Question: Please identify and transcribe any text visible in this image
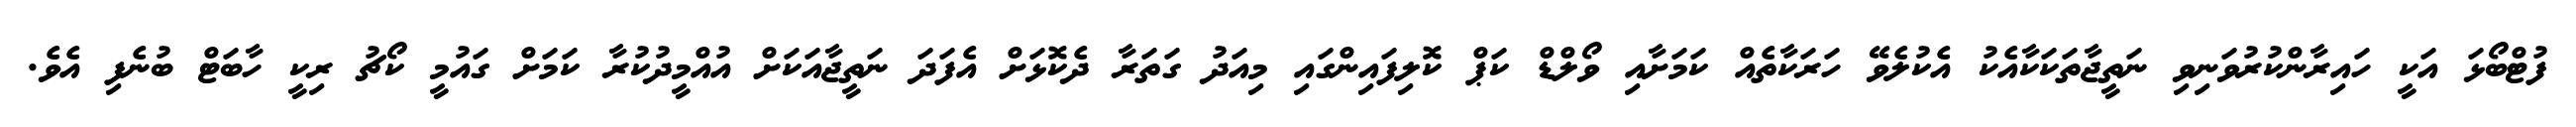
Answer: ފުޓްބޯޅަ އަކީ ހައިރާންކުރުވަނިވި ނަތީޖާތަކަކާއެކު އެކުލެވޭ ހަރަކާތެއް ކަމަށާއި ވޯލްޑް ކަޕް ކޮލިފައިންގައި މިއަދު ގަތަރާ ދެކޮޅަށް އެފަދަ ނަތީޖާއަކަށް އުއްމީދުކުރާ ކަމަށް ގައުމީ ކޯޗު ރިކީ ހާބަޓް ބުނެފި އެވެ.